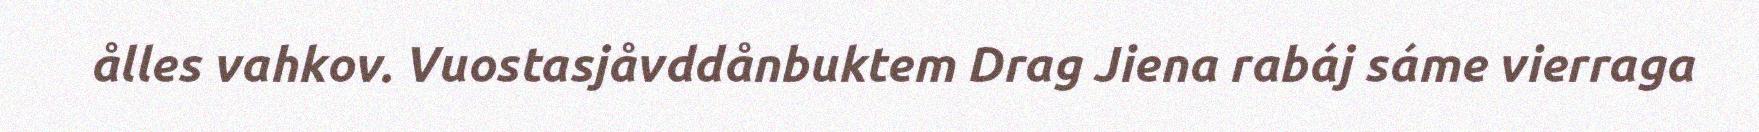
ålles vahkov. Vuostasjåvddånbuktem Drag Jiena rabáj sáme vierraga